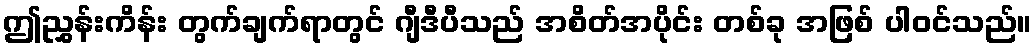
ဤညွှန်းကိန်း တွက်ချက်ရာတွင် ဂျီဒီပီသည် အစိတ်အပိုင်း တစ်ခု အဖြစ် ပါဝင်သည်။